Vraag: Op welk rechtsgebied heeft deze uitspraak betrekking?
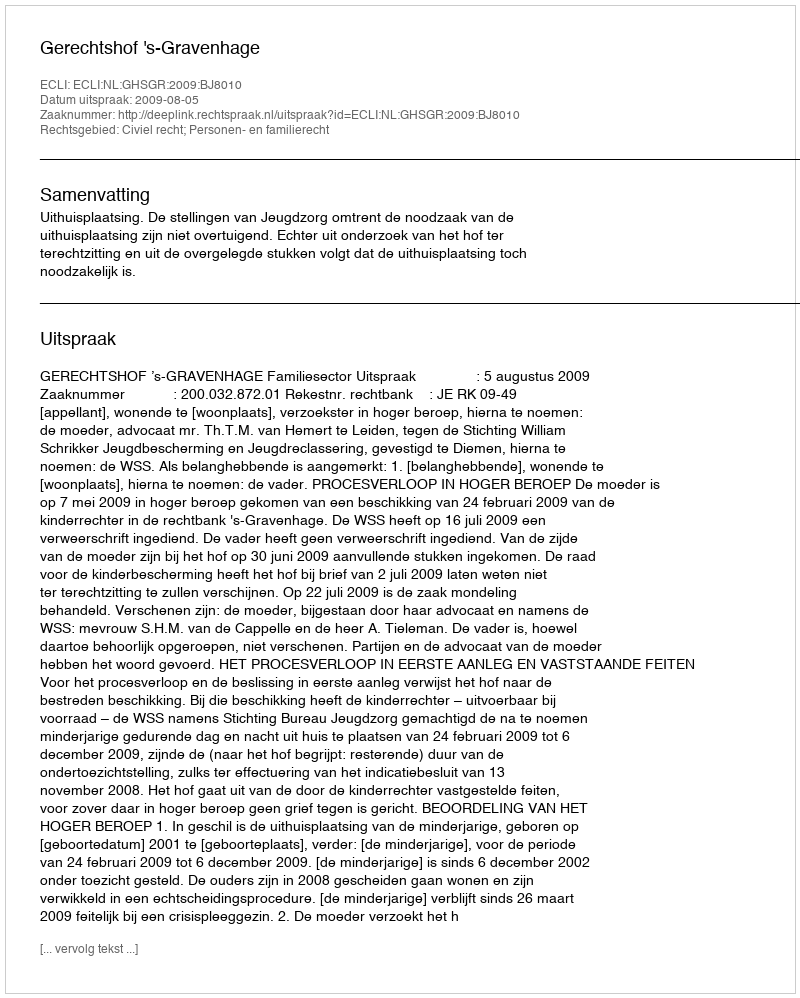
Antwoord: Civiel recht; Personen- en familierecht